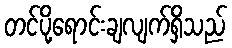
တင်ပို့ရောင်းချလျက်ရှိသည်